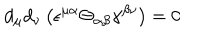
LaTeX: d _ { \mu } d _ { \nu } \left( \epsilon ^ { \mu \alpha } \Theta _ { \alpha \beta } \gamma ^ { \beta \nu } \right) = 0